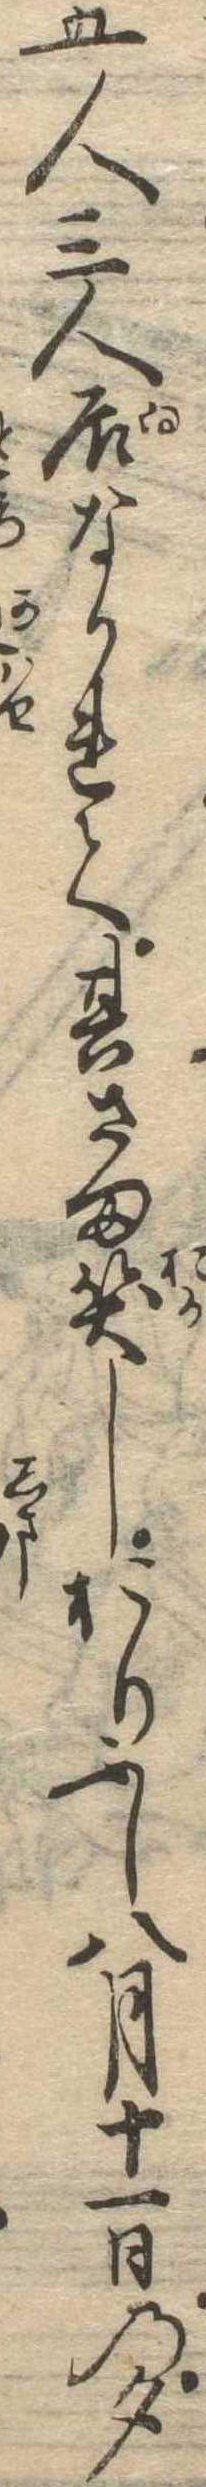
五人三人居なかれて其さま笑しおりふし八月十一日の夕